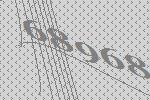
68968